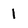
Character: 1